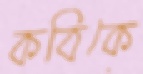
কবিকে